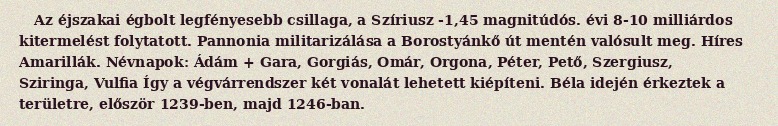
Az éjszakai égbolt legfényesebb csillaga, a Szíriusz -1,45 magnitúdós. évi 8-10 milliárdos kitermelést folytatott. Pannonia militarizálása a Borostyánkő út mentén valósult meg. Híres Amarillák. Névnapok: Ádám + Gara, Gorgiás, Omár, Orgona, Péter, Pető, Szergiusz, Sziringa, Vulfia Így a végvárrendszer két vonalát lehetett kiépíteni. Béla idején érkeztek a területre, először 1239-ben, majd 1246-ban.